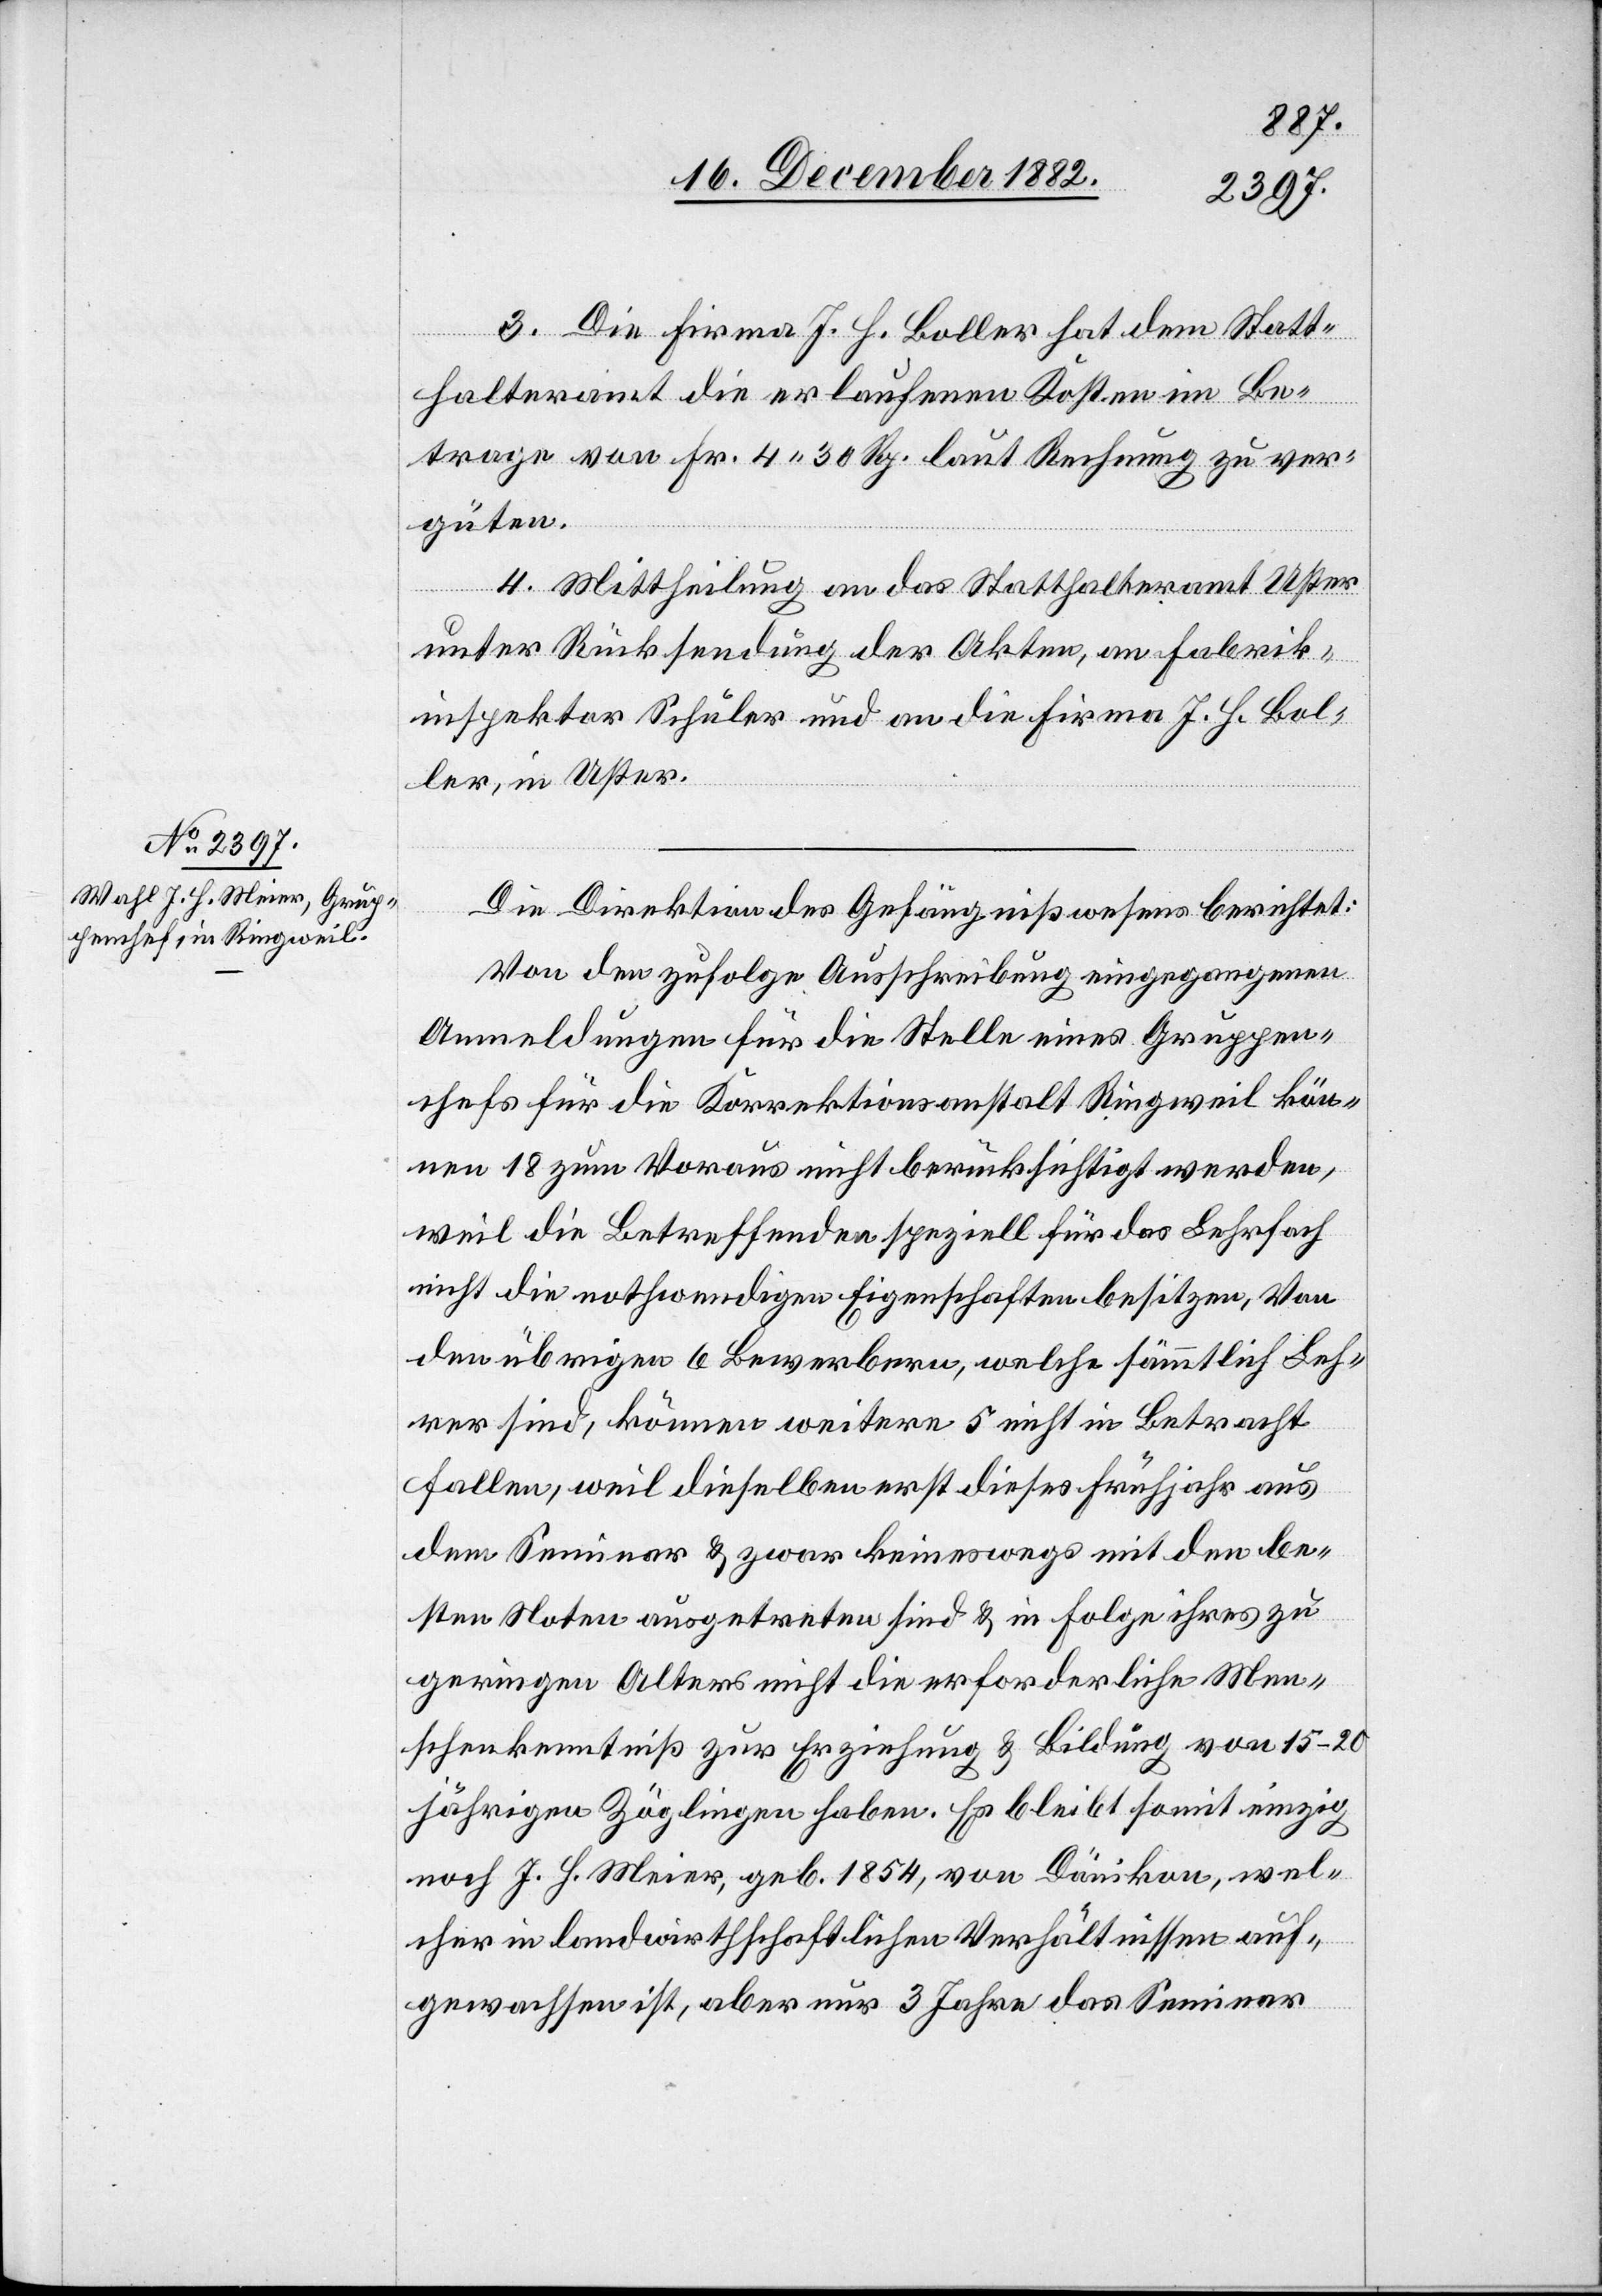
3. Die Firma J. H. Boller hat dem Statt¬
halteramt die erlaufenen Kosten im Be¬
trage von Fr. 4 30 Rp. laut Rechnung zu ver¬
güten.
4. Mittheilung an das Statthalteramt Uster
unter Rücksendung der Akten, an Fabrik¬
inspektor Schuler und an die Firma J. H. Bol¬
ler, in Uster.
Die Direktion des Gefängnißwesens berichtet:
Von den zufolge Ausschreibung eingegangenen
Anmeldungen für die Stelle eines Gruppen¬
chefs für die Korrektionsanstalt Ringweil kön¬
nen 18 zum Voraus nicht berücksichtigt werden,
weil die Betreffenden speziell für das Lehrfach
nicht die nothwendigen Eigenschaften besitzen. Von
den übrigen 6 Bewerbern, welche sämmtlich Leh¬
rer sind, können weitere 5 nicht in Betracht
fallen, weil dieselben erst dieses Frühjahr aus
dem Seminar & zwar keineswegs mit den be¬
sten Noten ausgetreten sind & in Folge ihres zu
geringen Alters nicht die erforderliche Men¬
schenkenntniß zur Erziehung & Bildung von 15–20
jährigen Zöglingen haben. Es bleibt somit einzig
noch J. H. Meier, geb. 1854, von Dänikon, wel¬
cher in landwirthschaftlichen Verhältnissen auf¬
gewachsen ist, aber nur 3 Jahre das Seminar